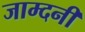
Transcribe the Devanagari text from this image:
जाम्दनी